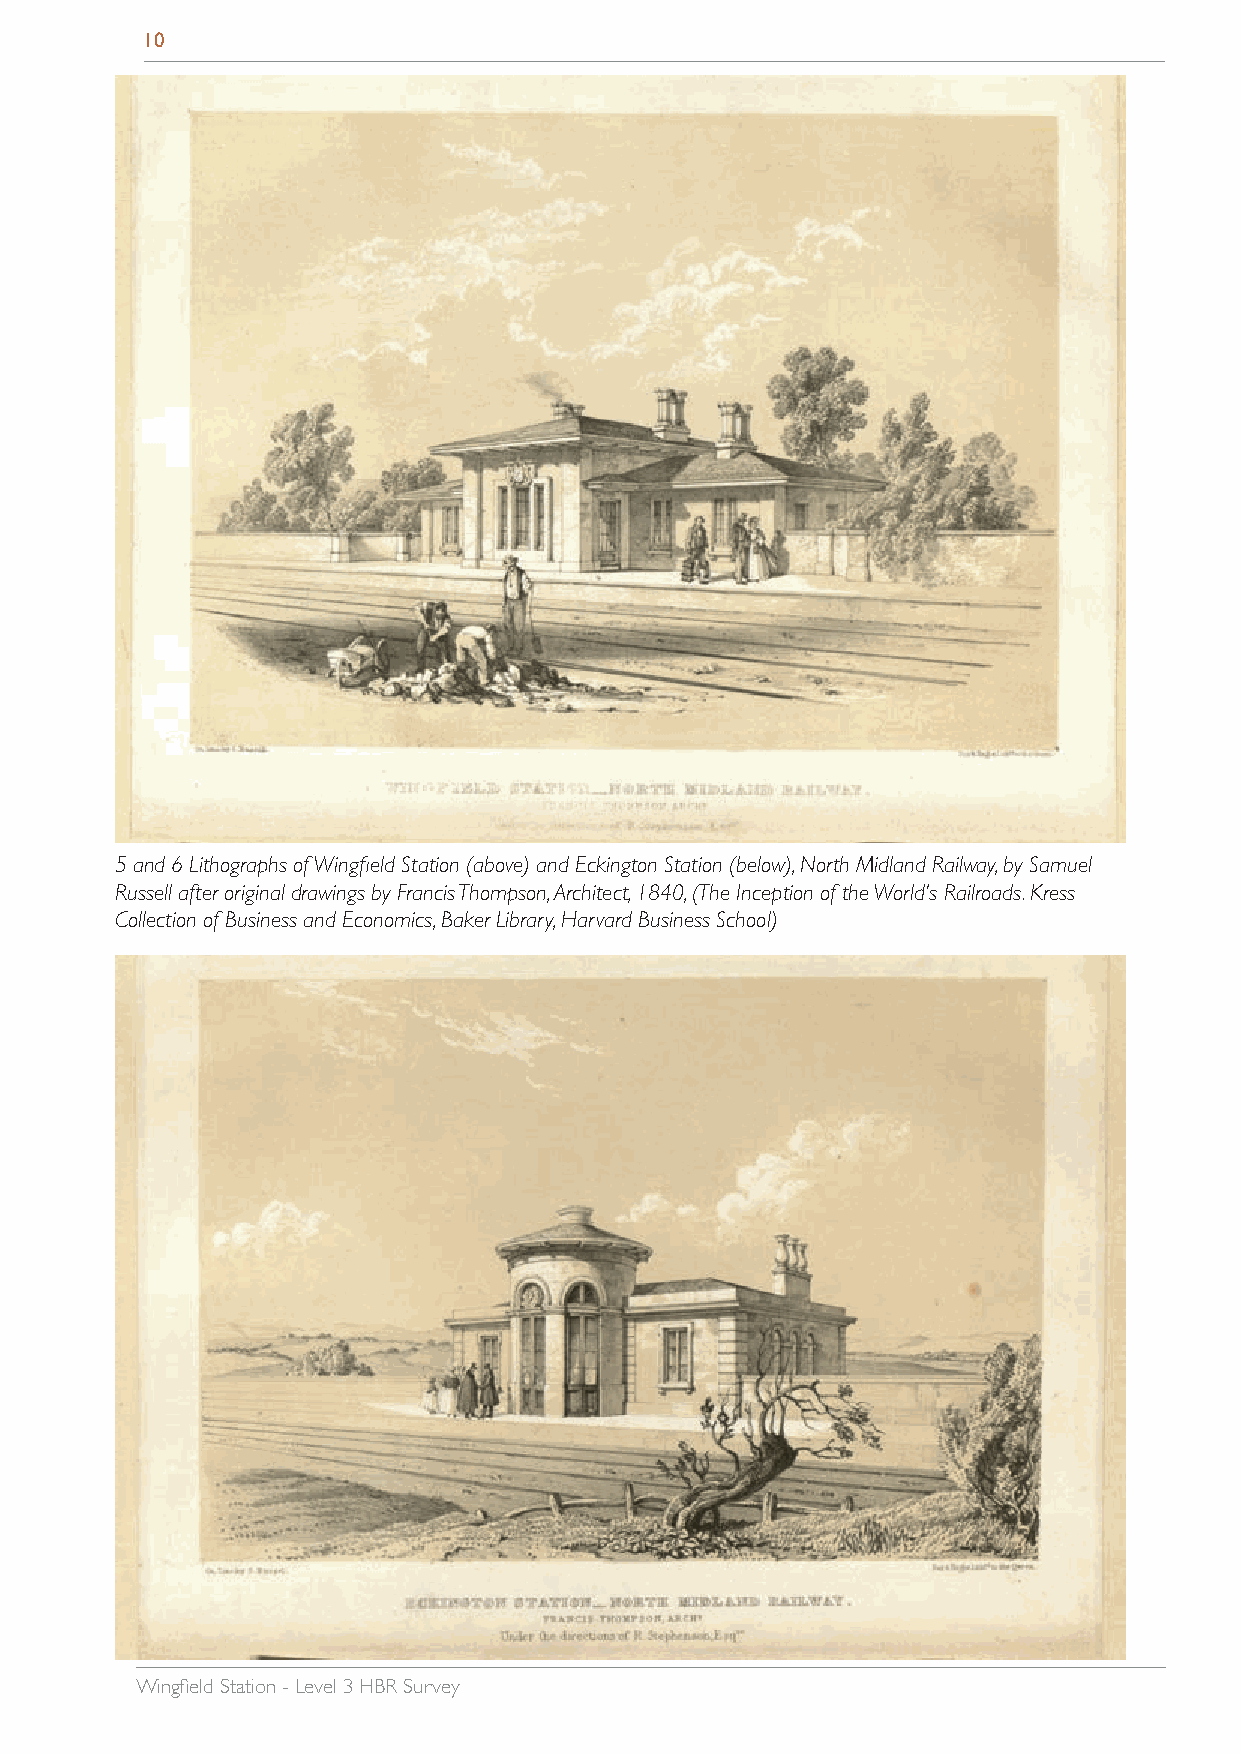
10
 5 and 6 Lithographs of Wingfield Station (above) and Eckington Station (below), North Midland Railway, by Samuel
 Russell after original drawings by Francis Thompson, Architect, 1840, (The Inception of the World’s Railroads. Kress
 Collection of Business and Economics, Baker Library, Harvard Business School)
 Wingfield Station - Level 3 HBR Survey